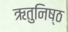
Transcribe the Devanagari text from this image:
ऋतुनिष्ठ